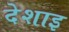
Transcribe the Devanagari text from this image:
देशाइ